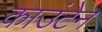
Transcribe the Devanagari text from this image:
काउंटेन